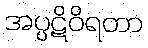
အပ္ပဋိဝိရတာ